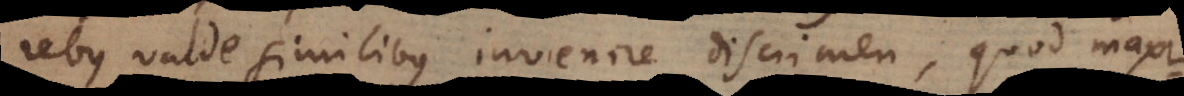
rebus valde similibus invenire discrimen, quod maxi